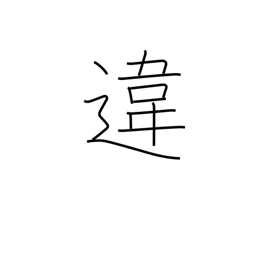
Meaning: difference